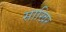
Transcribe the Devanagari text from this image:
साखिर